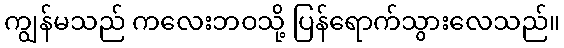
ကျွန်မသည် ကလေးဘဝသို့ ပြန်ရောက်သွားလေသည်။